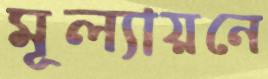
মূল্যায়নে